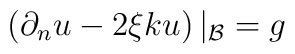
\left(\partial_n u-2\xi { k}u\right)|_{\cal B}=g